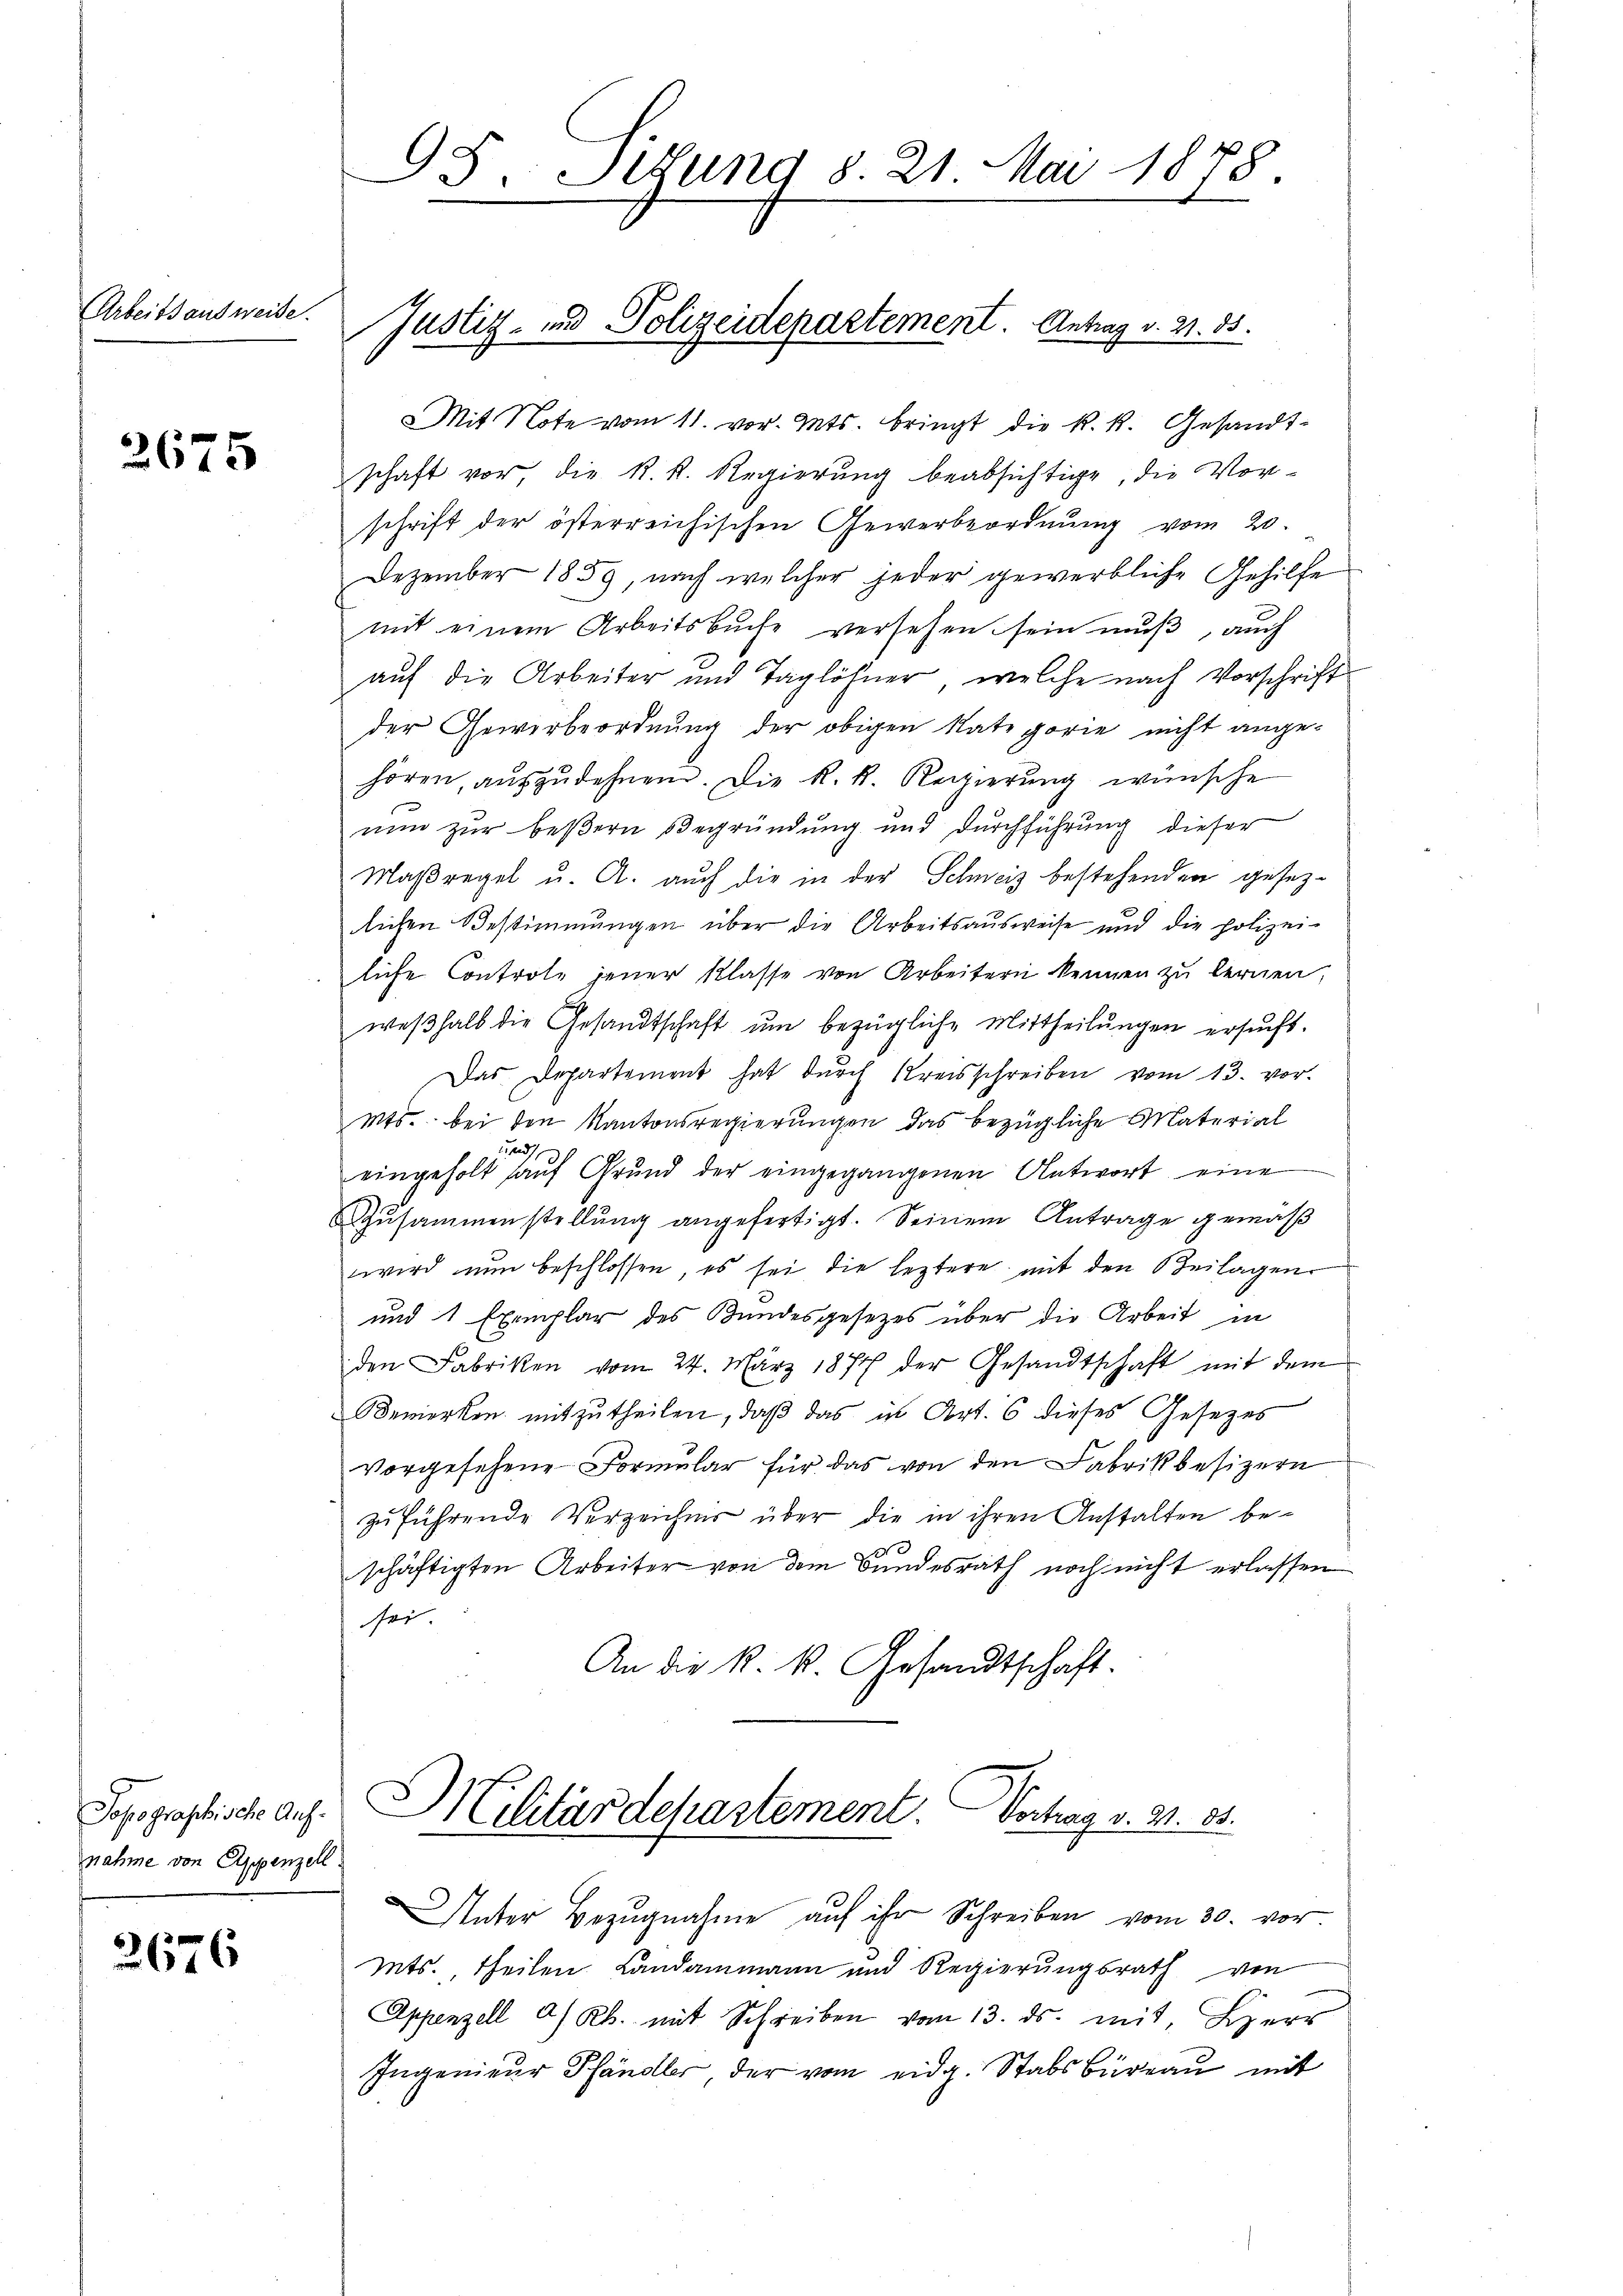
Arbeits ausweise.

3675

3676

Jopographische Aufnahme von Eppenzeh

Mit Note vom 11. vor. Mts. bringt die k. k. Gesandt-
schaft vor die k. k. Regierung beabsichtige, die Vor-
schrift der österreichischen Gewerbeordnung vom 20.
Dezember 1859, nach welcher jeder gewerbliche Gehilfe
mit einem Arbeitsbuche versehen sein muß, auch
auf die Arbeiter und Taglöhner, welche nach Vorschrift
der Gewerbeordnŭng der obigen Kategorie nicht ange-
hören, aŭszŭdehnen. Die k. k. Regierung wünsche
nun zur beßern Begründung und Durchführung dieser
Maßregel u. A. auch die in der Schweiz bestehenden gesezlichen Bestimmungen über die Arbeitsausweise und die Polizei-
liche Controle jener Klasse von Arbeitern kennen zu lernen,
weβhalb die Gesandtschaft ŭm bezügliche Mittheilungen ersucht.
Das Departement hat durch Kreisschreiben vom 13. vor-
mts. bei den Kantonsregierungen das bezügliche Material
d
eingeholt aŭf Grund der eingegangenen Antwort eine
Zusammenstellung angefertigt. Seinem Antrage gemäß
wird nun beschlossen, es sei die leztere mit den Beilagen
und 1 Exemplar des Bundesgesetzes über die Arbeit in
den Fabriken vom 24. März 1877 der Gesandtschaft mit dem
Bemerken mitzutheilen, daß das in Art. 6 dieses Gesetzes
vorgesehene Formular für das von den Fabrikbesizern
zuführende Verzeichner über die in ihren Anstalten beschäftigten Arbeiter von dem Bundesrath noch nicht erlassen
sor
An die k. k. Gesandtschaft.

95. Situng §. 21. Mai 1878.

Justiz- und Polizeidepartement Antrag v. 21. 85.

Militärdepartement. Vertrag v. 31. 83.

Unter Bezŭgnahme aŭf ihr Schreiben vom 30. vor.
mnts. theilen Landammann und Regierungsrath von
Appenzell a/Rh. mit Schreiben vom 13. ds. mit, Lizerr
Ingenieur Pfändler, der vom eidg. Stabs Büreau mit